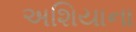
અશિયાના